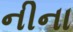
નીના